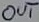
Text: OUT